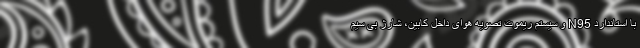
با استاندارد N95 و سیستم ریموت تصویه هوای داخل کابین، شارژ بی سیم